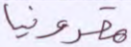
مقدونيا